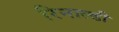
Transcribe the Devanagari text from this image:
रिनाल्डी